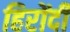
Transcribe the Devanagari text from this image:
हिरोंदी